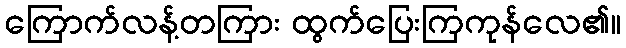
ကြောက်လန့်တကြား ထွက်ပြေးကြကုန်လေ၏။